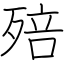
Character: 殕